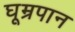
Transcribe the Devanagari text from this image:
घूम्रपान